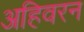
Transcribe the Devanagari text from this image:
अहिवरन